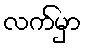
လက်မှာ